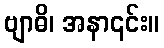
ဗျာဓိ၊ အနာ၎င်း။